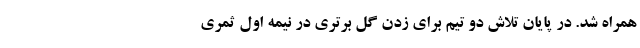
همراه شد. در پایان تلاش دو تیم برای زدن گل برتری در نیمه اول ثمری